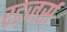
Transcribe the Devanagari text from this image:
रट्जर्स